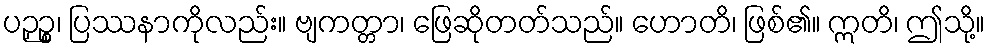
ပဉှဉ္စ၊ ပြဿနာကိုလည်း။ ဗျကတ္တာ၊ ဖြေဆိုတတ်သည်။ ဟောတိ၊ ဖြစ်၏။ ဣတိ၊ ဤသို့။